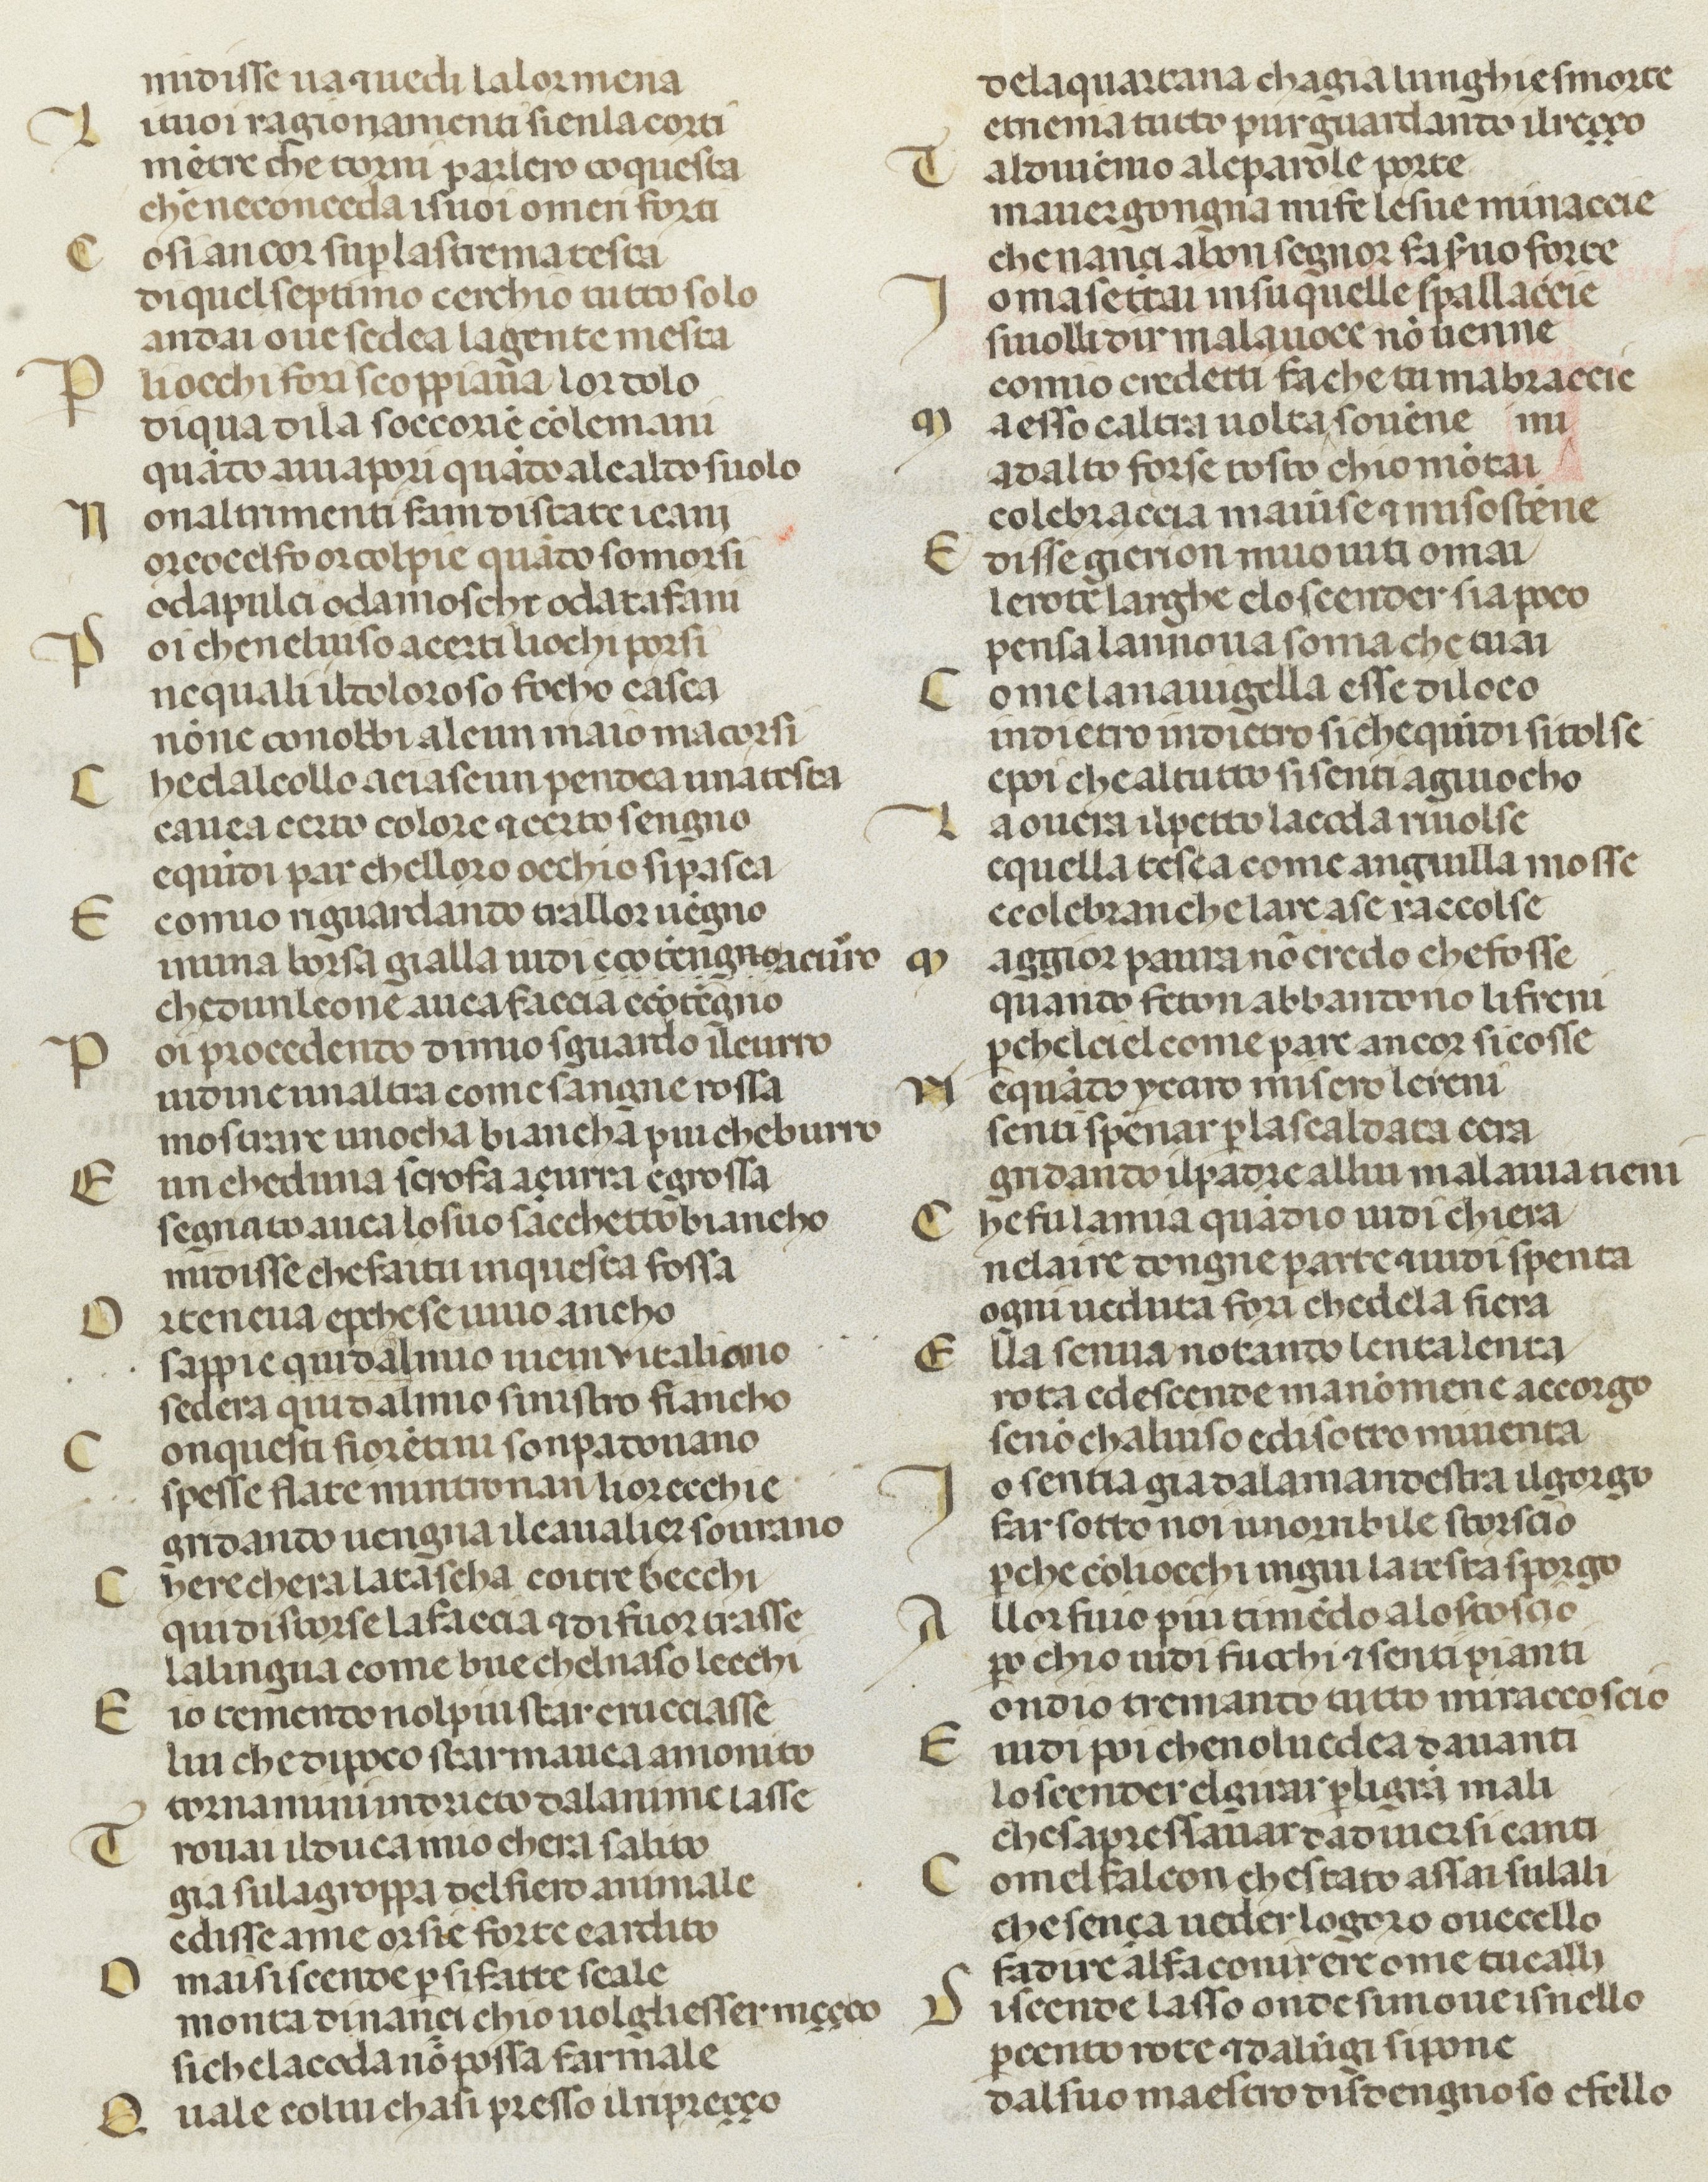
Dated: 1378–1378